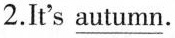
2. It's \underline{autumn}.